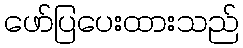
ဖော်ပြပေးထားသည်